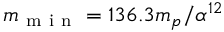
m _ { \mathrm { ~ m ~ i ~ n ~ } } = 1 3 6 . 3 m _ { p } / \alpha ^ { 1 2 }